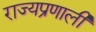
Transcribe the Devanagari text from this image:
राज्यप्रणाली